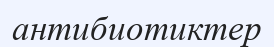
антибиотиктер